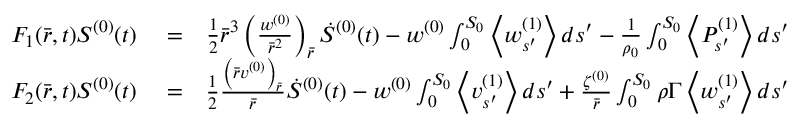
\begin{array} { r l r } { F _ { 1 } ( \bar { r } , t ) S ^ { ( 0 ) } ( t ) } & { { } = } & { \frac { 1 } { 2 } \bar { r } ^ { 3 } \left( \frac { w ^ { ( 0 ) } } { \bar { r } ^ { 2 } } \right) _ { \bar { r } } \dot { S } ^ { ( 0 ) } ( t ) - w ^ { ( 0 ) } \int _ { 0 } ^ { S _ { 0 } } \left< w _ { s ^ { \prime } } ^ { ( 1 ) } \right> d s ^ { \prime } - \frac { 1 } { \rho _ { 0 } } \int _ { 0 } ^ { S _ { 0 } } \left< P _ { s ^ { \prime } } ^ { ( 1 ) } \right> d s ^ { \prime } } \\ { F _ { 2 } ( \bar { r } , t ) S ^ { ( 0 ) } ( t ) } & { { } = } & { \frac { 1 } { 2 } \frac { \left( \bar { r } v ^ { ( 0 ) } \right) _ { \bar { r } } } { \bar { r } } \dot { S } ^ { ( 0 ) } ( t ) - w ^ { ( 0 ) } \int _ { 0 } ^ { S _ { 0 } } \left< v _ { s ^ { \prime } } ^ { ( 1 ) } \right> d s ^ { \prime } + \frac { \zeta ^ { ( 0 ) } } { \bar { r } } \int _ { 0 } ^ { S _ { 0 } } \rho \Gamma \left< w _ { s ^ { \prime } } ^ { ( 1 ) } \right> d s ^ { \prime } } \end{array}